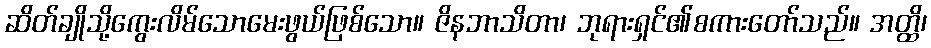
ဆိတ်ချိုသို့ကွေးလိမ်သောမေးဖွယ်ဖြစ်သော။ ဇိနဘာသိတာ၊ ဘုရားရှင်၏စကားတော်သည်။ အတ္ထိ၊